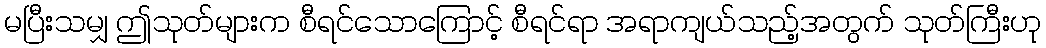
မပြီးသမျှ ဤသုတ်များက စီရင်သောကြောင့် စီရင်ရာ အရာကျယ်သည့်အတွက် သုတ်ကြီးဟု